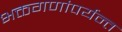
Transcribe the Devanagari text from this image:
भक्तगणांपर्यन्त